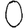
Digit: 0